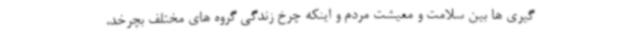
گیری ها بین سلامت و معیشت مردم و اینکه چرخ زندگی گروه های مختلف بچرخد،